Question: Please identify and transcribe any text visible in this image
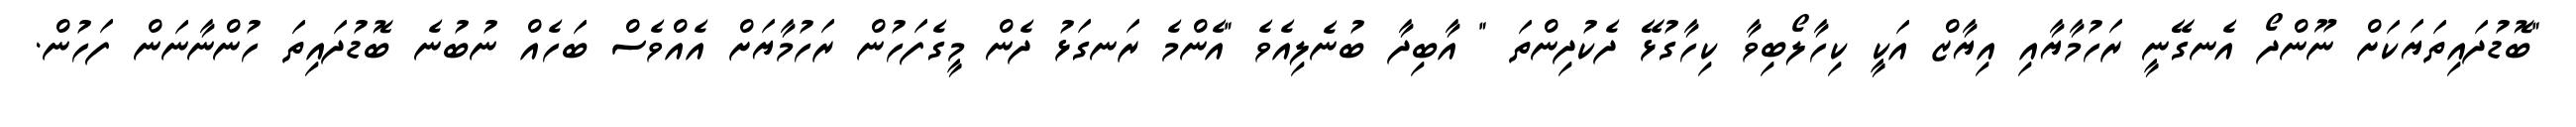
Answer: "ބޮޑުދައިތަޔަކަށް ނޫންދޯ އެނގޭނީ ރަހުމާޔާއި އިޔާޒް އަކީ ކިހާލޯބިވާ ކިހާގުޅޭ ދެކުދިންތަ " އާބިދާ ބުނެލިއެވެ "އެންމެ ރަނގަޅު ދެން މީގެފަހުން ރަހުމާޔަށް އެއްވެސް ބަހެއް ނުބުނެ ބޮޑުދައިތަ ހުންނާނަން ފަހުން.